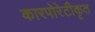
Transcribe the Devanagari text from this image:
कारपोरेटीकृत